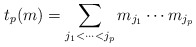
\begin{align*}t_p(m) = \sum_{j_1 < \cdots < j_p} m_{j_1}\cdots m_{j_p}\end{align*}